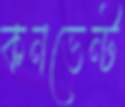
কনভেন্ট